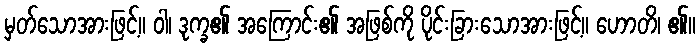
မှတ်သောအားဖြင့်။ ဝါ၊ ဒုက္ခ၏ အကြောင်း၏ အဖြစ်ကို ပိုင်းခြားသောအားဖြင့်။ ဟောတိ၊ ၏။